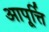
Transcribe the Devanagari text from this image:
आपूर्त्ति